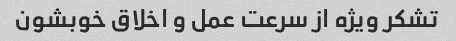
تشکر ویژه از سرعت عمل و اخلاق خوبشون